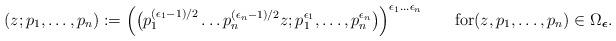
LaTeX: \begin{align*}(z;p_1,\dots,p_n):=\Big(\big(p_1^{(\epsilon_1-1)/2}\dots p_n^{(\epsilon_n-1)/2}z;p_1^{\epsilon_1},\dots,p_n^{\epsilon_n}\big)\Big)^{\epsilon_1\dots\epsilon_n}\qquad\textrm{for}(z,p_1,\dots,p_n)\in\Omega_{\boldsymbol\epsilon}.\end{align*}